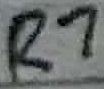
Text: R7